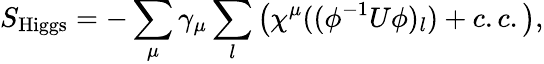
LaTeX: S_{\mathrm{Higgs}}=-\sum_{\mu}\gamma_{\mu}\sum_{l}\left(\chi^{\mu}((\phi^{-1}U\phi)_{l})+c.c.\right),